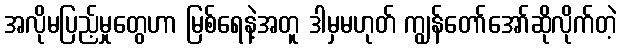
အလိုမပြည့်မှုတွေဟာ မြစ်ရေနဲ့အတူ ဒါမှမဟုတ် ကျွန်တော်အော်ဆိုလိုက်တဲ့